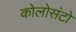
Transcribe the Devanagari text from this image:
कोलोसंटो